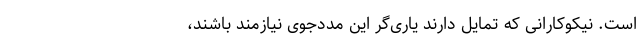
است. نیکوکارانی که تمایل دارند یاری‌گر این مددجوی نیازمند باشند،